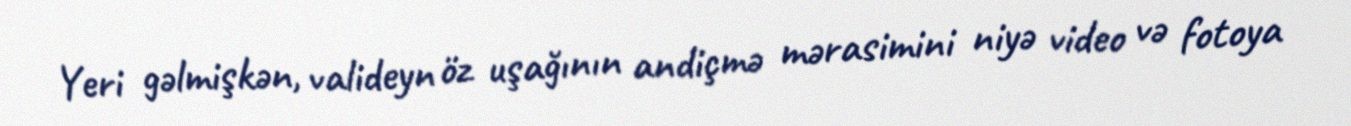
Yeri gəlmişkən, valideyn öz uşağının andiçmə mərasimini niyə video və fotoya